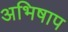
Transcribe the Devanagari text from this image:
अभिषाप